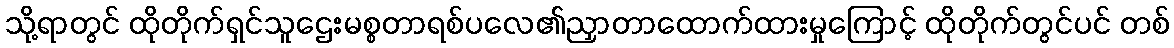
သို့ရာတွင် ထိုတိုက်ရှင်သူဌေးမစ္စတာရစ်ပလေ၏ညှာတာထောက်ထားမှုကြောင့် ထိုတိုက်တွင်ပင် တစ်